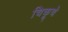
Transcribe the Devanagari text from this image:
चिकूचे